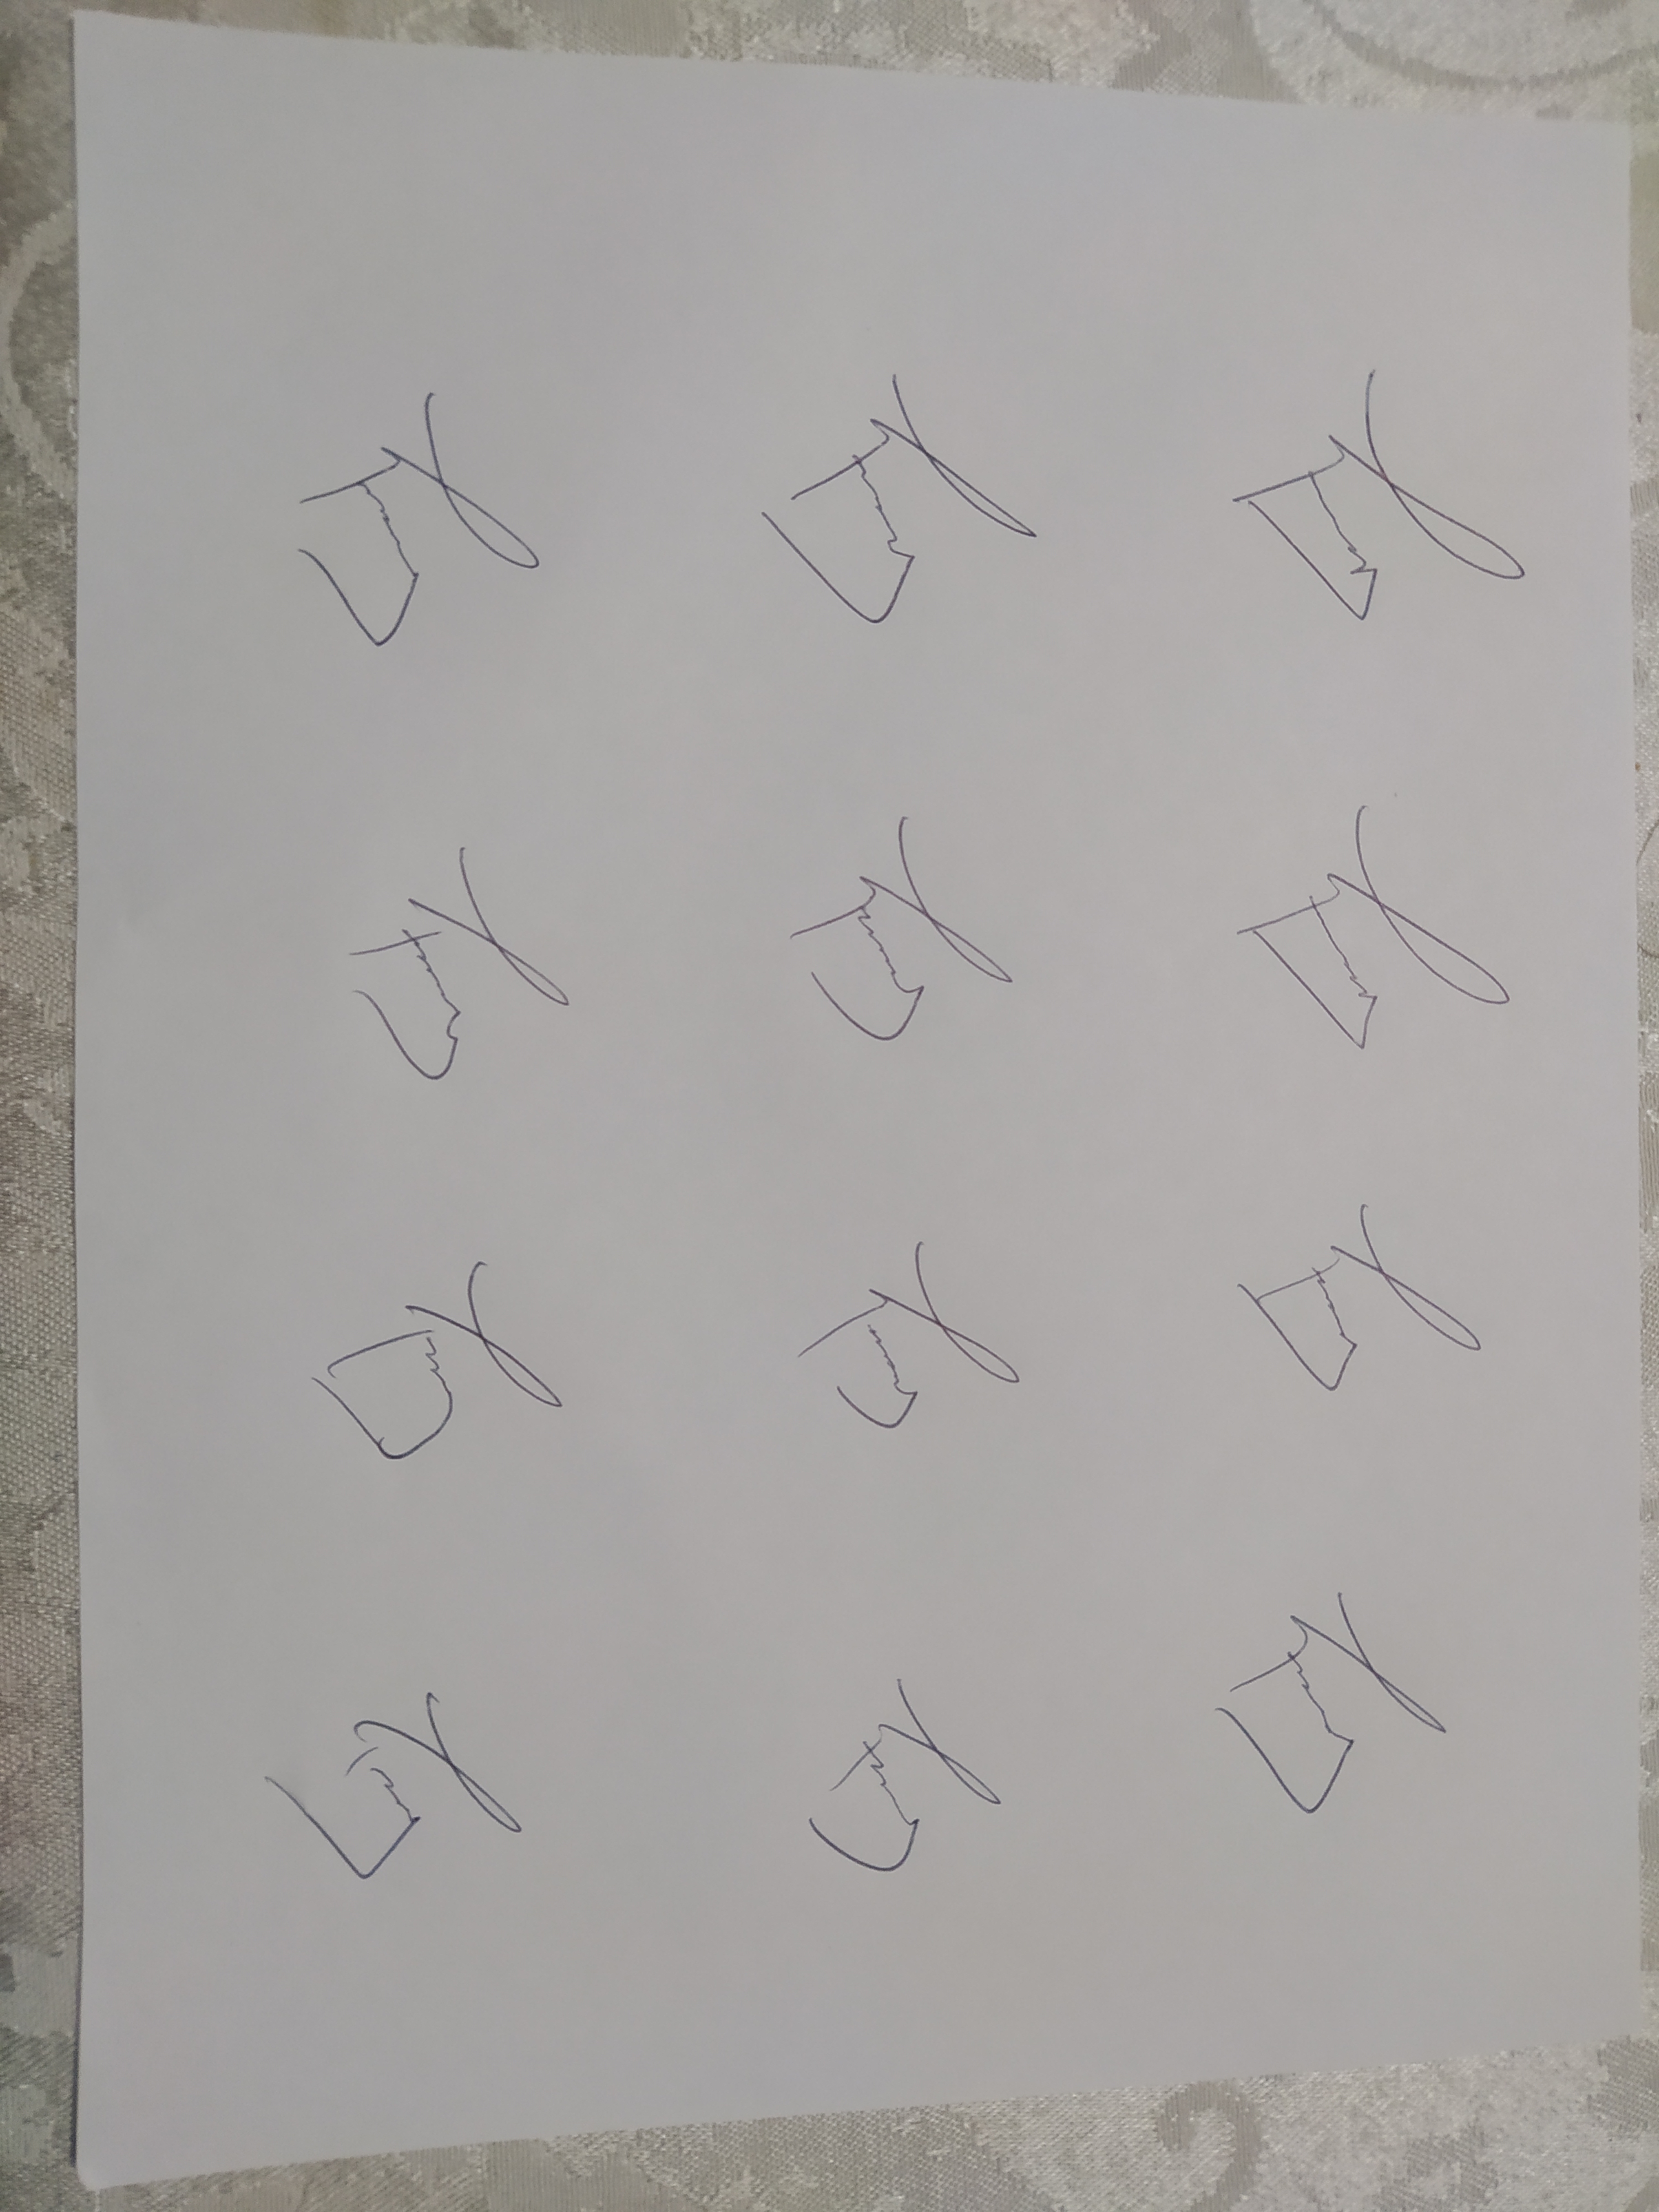
Signature authenticity: genuine